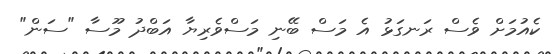
ކެއުމަށް ވެސް ރަނގަޅު އެ މަސް ބޭނި މަސްވެރިޔާ އަބްދު މޫސާ "ސަން"